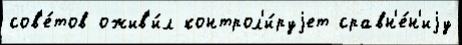
сов'е́тов ожив'и́л контрол'и́руjет сравн'е́н'иjу